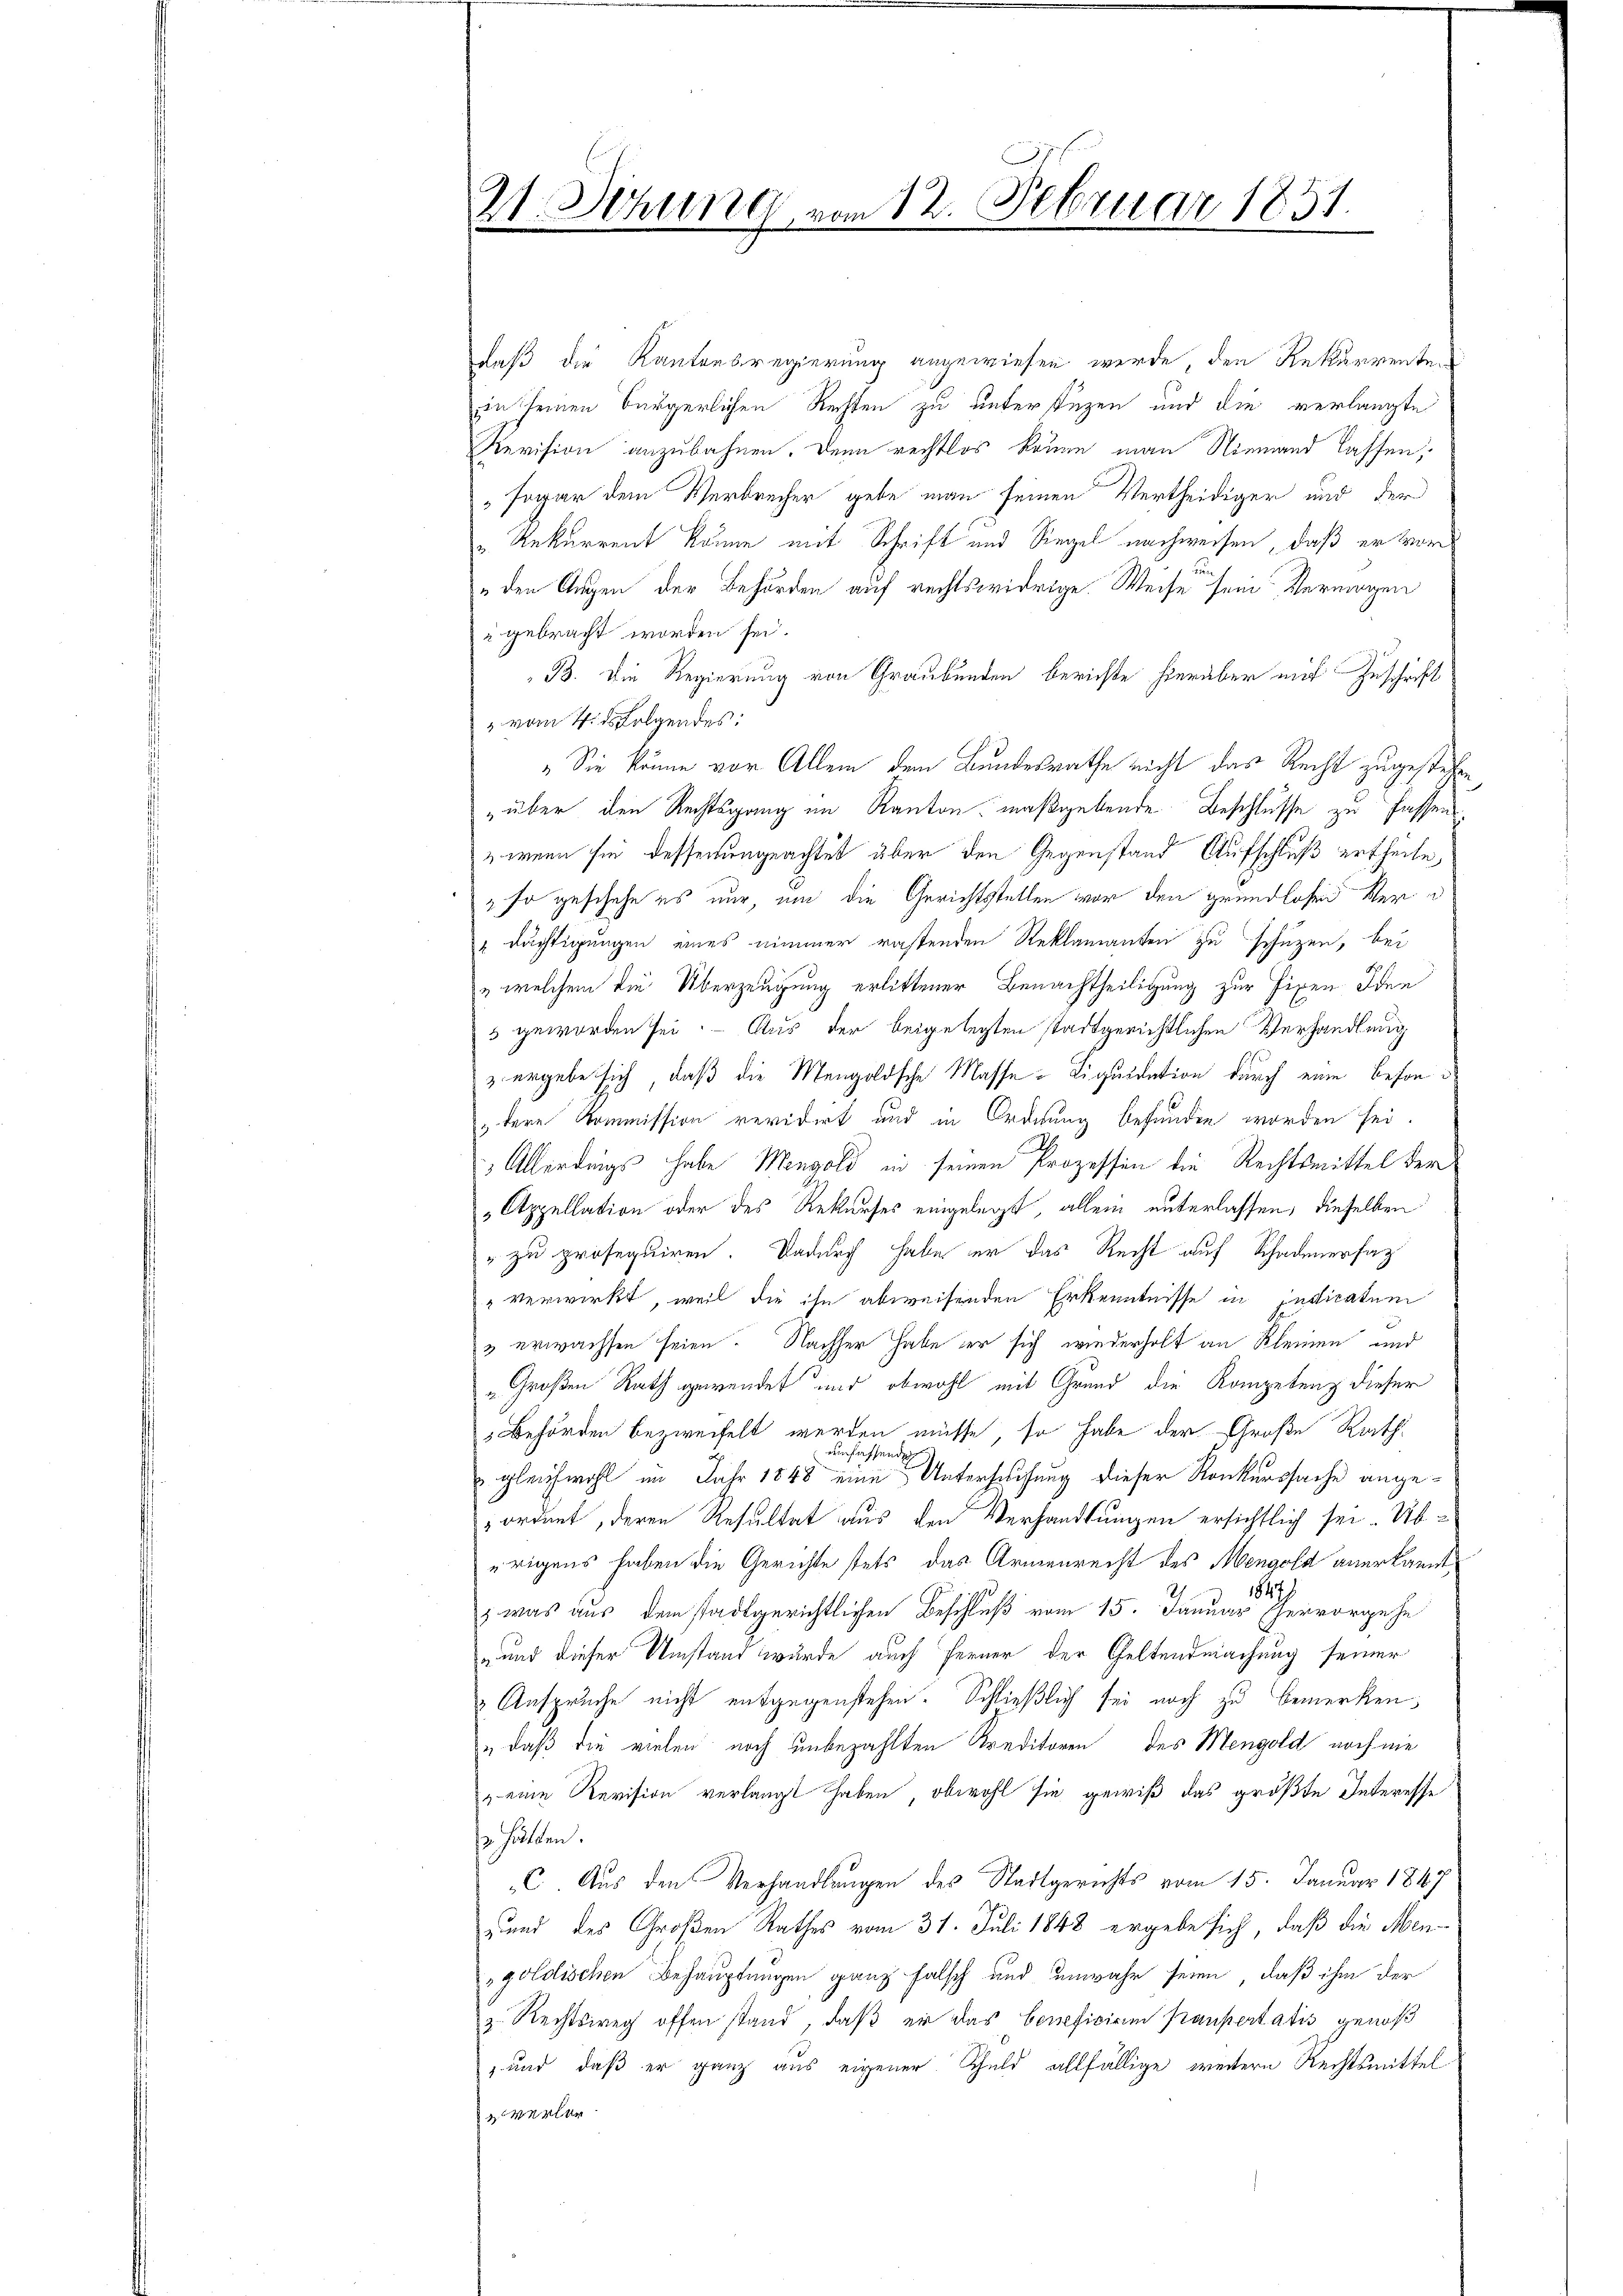
Daß die Kantonsregierung angewiesen werde, den Rekurrente
in seinen Bürgerlichen Rechten zu unterstüzen und die verlangte
Revision anzubahnen. Denn rechtlos könne man Niemand lassen,
„Fogar dem Verbrecher gebe man seinen Vertheidiger und der
" Rekurrent könne mit Schrift und Siegel nachweisen, daß er vor
„den Augen der Behörden auf rechtswidrige. Weise sein Vermögen
u gebracht worden sei.
B. Die Regierung von Graubünden berichte hierüber mit Zuschrift
 vom 4. ds Folgendes:
„Sie könne vor Allem dem Bundesrathe nicht das Recht zugestehen
über den Rechtsgang im Kanton maßgebende Beschlüsse zu fassen.
 wenn sie dessenungeachtet aber den Gegenstand Aufschluß ertheile,
" so geschehe es nur, um die Gerichtstellen vor den Grundlosen Ver¬
"dächtigungen eines nimmer rastenden Reklamanten zu schuzen, bei
„ welchem die Überzeugung erlittener Benachtheiligung zur Eigen Iden
3 geworden sei. – Aus der beigelegten stadtgerichtlichen Verhandlung
z ergebe sich, daß die Mengoldsche Masse Liquidation durch eine besontere Kommission revidirt und in Ordnung befunden worden sei.
Allerdings habe Mengold in seinen Prozessin die Rechtsmittel der
„Appellation oder des Rekurses eingelegt, allein unterlassen, dieselben
" zu prosequiren. Dadurch habe er das Recht auf Schadenersag
" verwirkt, weil die ihn abweisenden Erkenntnisse in Indicatum
3 erwachsen seien. Nachher habe er sich wiederholt an Kleinen und
"Großen Rath gewendet und obwohl mit Grund die Kompetenz dieser
Behörden bezweifelt werden müsse, so habe der Große Rath
einfassende
 gleichwohl im Jahr 1848 eine Untersuchung dieser Konkurssache angeordnet, deren Resultat aus den Verhandlungen ersichtlich sei. Uberigens haben die Gerichte stets das Armenrecht des Mengold anerkannt,
, was aus dem stadtgerichtlichen Beschluß vom 15. Januar hervorgehe
„und dieser Umstand wurde auch ferner der Geltendmachung seiner
Anspruche nicht entgegenstehen. Schließlich sei noch zu bemerken¬
„daß die vielen noch unbezahlten Kreditoren des Mengold noch nie
 eine Revision verlangt haben, obwohl sie gewiß das größte Interesse
s hätten.
C. Aus den Verhandlungen des Stadtgerichts vom 15. Januar 1847
-und des Großen Rathes vom 31. Juli 1848 ergebe sich, daß die Mengoldischen Behauptungen ganz falsch und unwahr seien, daß ihm der
z. Rechtsweg offen stand, daß er das beneficium Praupertatis genoß
 und daß er ganz aus eigener Schuld allfällige weitern Rechtsmittel
 verlen

21. Sitzung vom 12. Februar 1851.